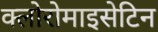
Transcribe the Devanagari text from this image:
क्लोरोमाइसेटिन